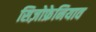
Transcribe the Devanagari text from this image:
सिज़ोफ्रेनियाव